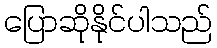
ပြောဆိုနိုင်ပါသည်